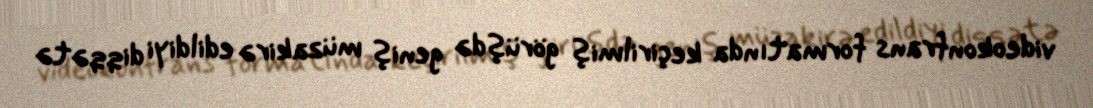
videokonfrans formatında keçirilmiş görüşdə geniş müzakirə edildiyi diqqətə